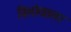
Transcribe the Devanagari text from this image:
विलोयतलर